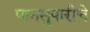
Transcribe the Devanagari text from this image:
पानसुपारीचे